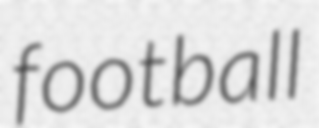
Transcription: football